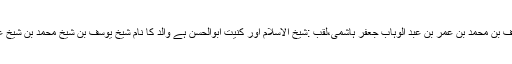
آپ کا اسم علی بن یوسف بن محمد بن عمر بن عبد الوہاب جعفر ہاشمی،لقب :شیخ الاسلام اور کنیت ابوالحسن ہے والد کا نام شیخ یوسف بن شیخ محمد بن شیخ عمر بن شیخ جعفر ہے۔